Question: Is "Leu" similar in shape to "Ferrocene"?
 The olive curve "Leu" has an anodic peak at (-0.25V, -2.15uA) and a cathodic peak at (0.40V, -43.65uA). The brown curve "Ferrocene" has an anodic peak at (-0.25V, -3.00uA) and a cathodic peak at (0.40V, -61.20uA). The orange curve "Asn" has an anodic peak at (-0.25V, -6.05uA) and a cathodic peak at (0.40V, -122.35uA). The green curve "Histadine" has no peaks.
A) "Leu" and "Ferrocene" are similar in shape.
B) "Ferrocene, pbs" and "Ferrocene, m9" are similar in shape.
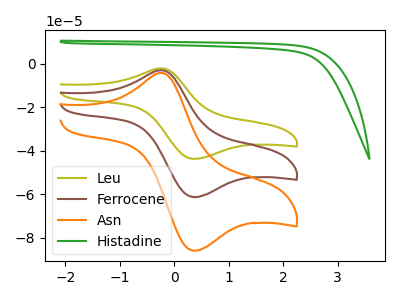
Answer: <think>All the peaks in "Leu" have a peak in "Ferrocene" at the same potential.
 </think>
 <answer>A) "Leu" and "Ferrocene" are similar in shape.</answer>
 <eval>A</eval>